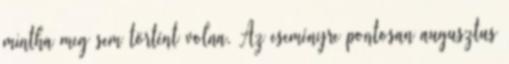
mintha meg sem történt volna. Az eseményre pontosan augusztus